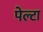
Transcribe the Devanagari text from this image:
पेल्टा